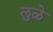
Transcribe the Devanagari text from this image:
लुळे